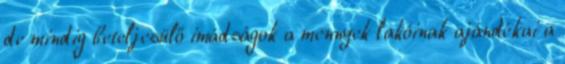
de mindig beteljesülő imádságok a mennyek lakóinak ajándékai a